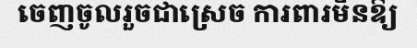
ចេញចូលរួចជាស្រេច ការពារមិនឱ្យ